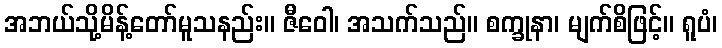
အဘယ်သို့မိန့်တော်မူသနည်း။ ဇီဝေါ၊ အသက်သည်။ စက္ခုနာ၊ မျက်စိဖြင့်။ ရူပံ၊